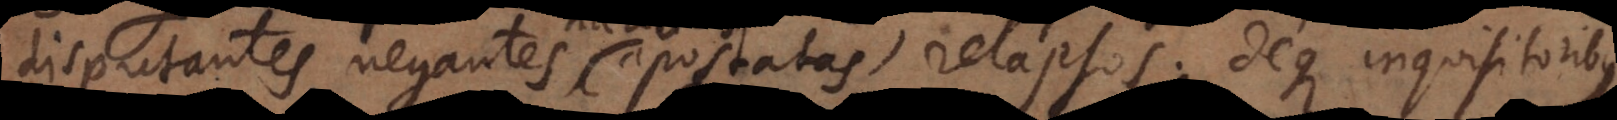
disputantes, negantes, apostatas, relapsos; deque inquisitoribus